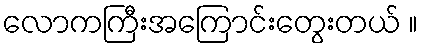
လောကကြီးအကြောင်းတွေးတယ် ။